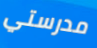
مدرستي